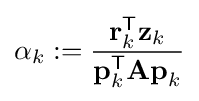
\alpha _{k}:={\frac {\mathbf {r} _{k}^{\mathsf {T}}\mathbf {z} _{k}}{\mathbf {p} _{k}^{\mathsf {T}}\mathbf {Ap} _{k}}}